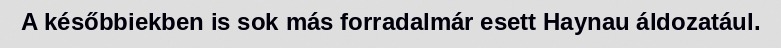
A későbbiekben is sok más forradalmár esett Haynau áldozatául.